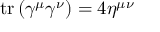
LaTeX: \operatorname { t r } \left( \gamma ^ { \mu } \gamma ^ { \nu } \right) = 4 \eta ^ { \mu \nu }